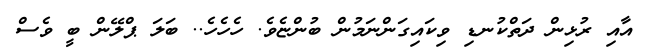
އާއި ރުޅިން ދަތްކުނޑި ވިކައިގަންނަމުން ބުންޏެވެ. ހެހެހެ.. ބަލަ ޕްލޭން ބީ ވެސް